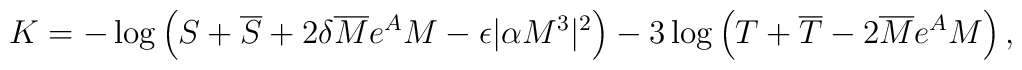
K = -\log\left(S+\overline S+2\delta\overline Me^AM-\epsilon|\alpha M^3|^2\right) -3\log\left(T+\overline T-2\overline Me^AM\right),